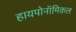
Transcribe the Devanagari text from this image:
हायपोनॉमिकल